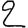
Digit: 2